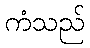
ကံသည်